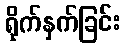
ရိုက်နှက်ခြင်း